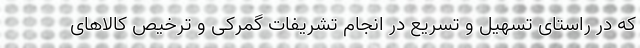
که در راستای تسهیل و تسریع در انجام تشریفات گمرکی و ترخیص کالاهای